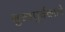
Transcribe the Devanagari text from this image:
मुखपूर्ववाले